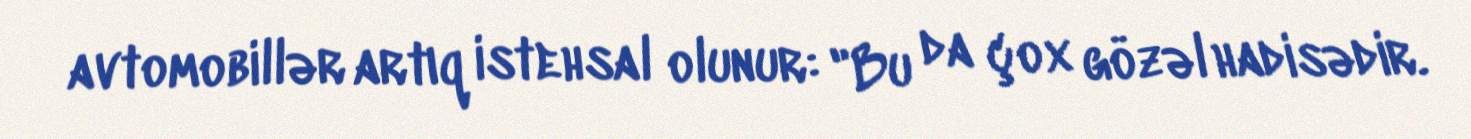
avtomobillər artıq istehsal olunur: "Bu da çox gözəl hadisədir.